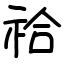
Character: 祫